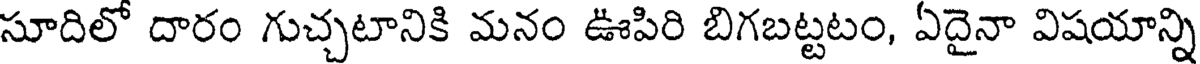
సూదిలో దారం గుచ్చటానికి మనం ఊపిరి బిగబట్టటం, ఏదైనా విషయాన్ని